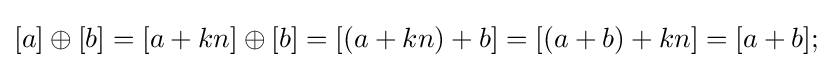
[a]\oplus [b]=[a+kn]\oplus [b]=[(a+kn)+b]=[(a+b)+kn]=[a+b];